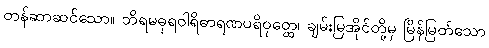
တန်ဆာဆင်သော။ ဘိရမဓုရဝါရိဓာရဏပရိဝုတ္ထေ၊ ချမ်းမြအိုင်တို့မှ မြိန်မြတ်သော